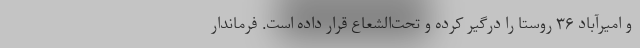
و امیرآباد ۳۶ روستا را درگیر کرده و تحت‌الشعاع قرار داده است. فرماندار